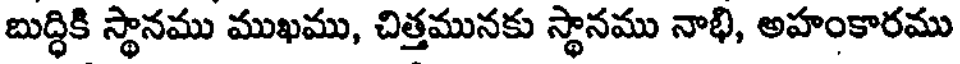
బుద్ధికి స్థానము ముఖము, చిత్తమునకు స్థానము నాభి, అహంకారము